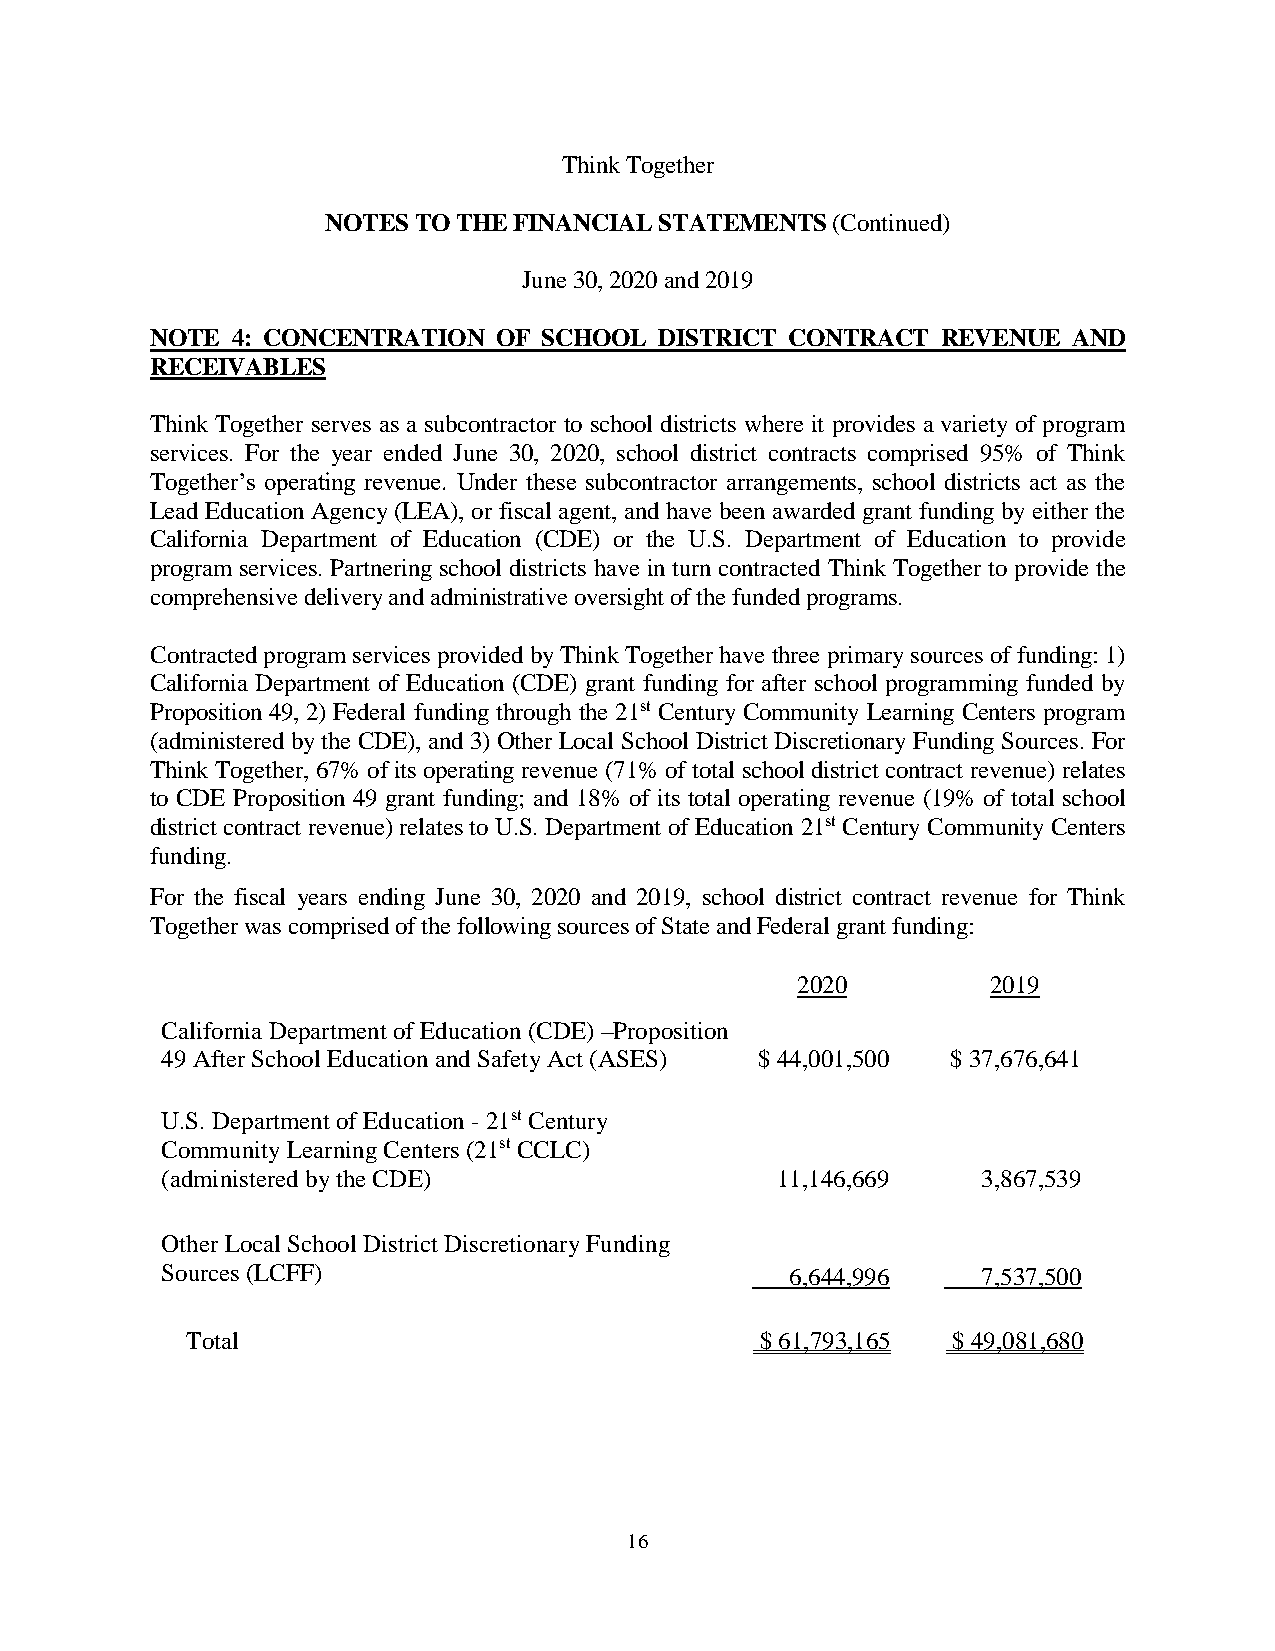
Think Together
 NOTES TO THE FINANCIAL STATEMENTS (Continued)
 June 30, 2020 and 2019
 NOTE 4: CONCENTRATION  OF SCHOOL  DISTRICT CONTRACT REVENUE  AND
 RECEIVABLES
 Think Together serves as a subcontractor to school districts where it provides a variety of program
 services. For the year ended June 30, 2020, school district contracts comprised 95% of Think
 Together’s operating revenue. Under these subcontractor arrangements, school districts act as the
 Lead Education Agency (LEA), or fiscal agent, and have been awarded grant funding by either the
 California Department of Education (CDE) or the U.S. Department of Education to provide
 program services. Partnering school districts have in turn contracted Think Together to provide the
 comprehensive delivery and administrative oversight of the funded programs.
 Contracted program services provided by Think Together have three primary sources of funding: 1)
 California Department of Education (CDE) grant funding for after school programming funded by
 Proposition 49, 2) Federal funding through the 21st Century Community Learning Centers program
 (administered by the CDE), and 3) Other Local School District Discretionary Funding Sources. For
 Think Together, 67% of its operating revenue (71% of total school district contract revenue) relates
 to CDE Proposition 49 grant funding; and 18% of its total operating revenue (19% of total school
 district contract revenue) relates to U.S. Department of Education 21st Century Community Centers
 funding.
 For the fiscal years ending June 30, 2020 and 2019, school district contract revenue for Think
 Together was comprised of the following sources of State and Federal grant funding:
 2020         2019
 California Department of Education (CDE) –Proposition
 49 After School Education and Safety Act (ASES) $ 44,001,500 $ 37,676,641
 U.S. Department of Education - 21st Century
 Community Learning Centers (21st CCLC)
 (administered by the CDE)               11,146,669    3,867,539
 Other Local School District Discretionary Funding
 Sources (LCFF)                           6,644,996    7,537,500
 Total                                 $ 61,793,165 $ 49,081,680
 16